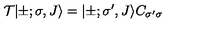
{ \cal T } | \pm ; \sigma , J \rangle = | \pm ; { \sigma } ^ { \prime } , J \rangle C _ { { \sigma } ^ { \prime } { \sigma } }